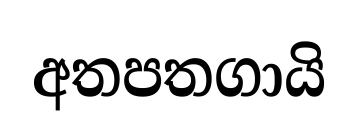
අතපතගායි